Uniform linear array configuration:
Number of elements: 24
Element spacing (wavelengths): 0.25
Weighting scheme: exponential
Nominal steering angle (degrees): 30
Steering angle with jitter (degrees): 29.565
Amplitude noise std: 0.05
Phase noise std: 0.05

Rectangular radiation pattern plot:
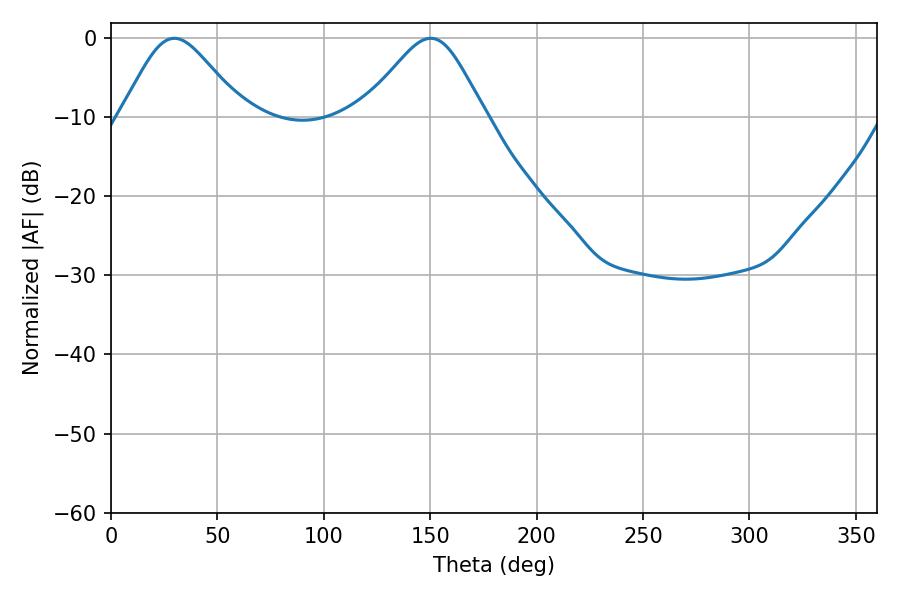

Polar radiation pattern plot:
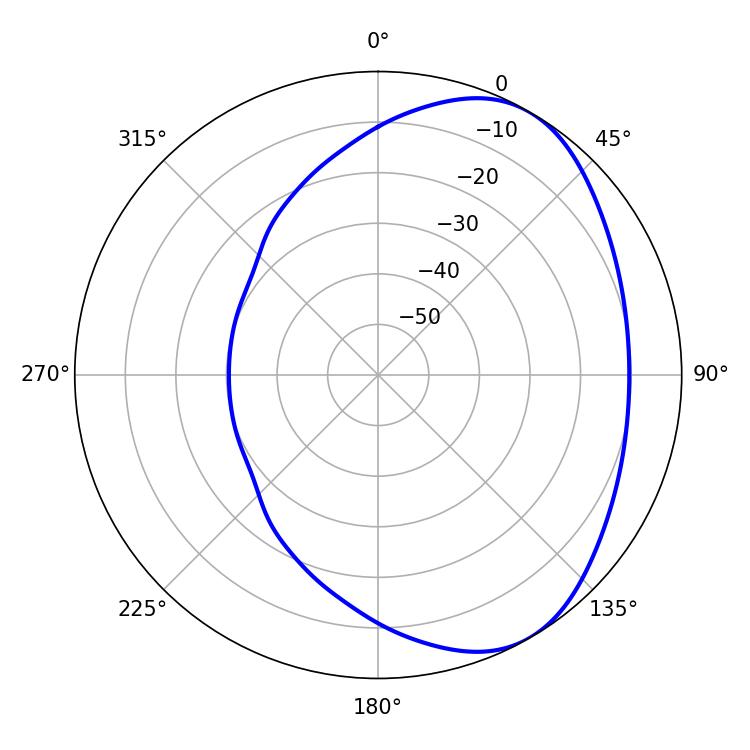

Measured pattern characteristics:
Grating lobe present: FALSE
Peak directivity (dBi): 4.769
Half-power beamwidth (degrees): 28.08
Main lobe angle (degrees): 29.7